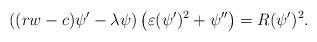
LaTeX: \begin{align*}\left((rw-c)\psi'-\lambda \psi\right)\left(\varepsilon(\psi')^2+\psi''\right)=R(\psi')^2.\end{align*}